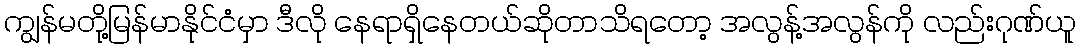
ကျွန်မတို့မြန်မာနိုင်ငံမှာ ဒီလို နေရာရှိနေတယ်ဆိုတာသိရတော့ အလွန့်အလွန်ကို လည်းဂုဏ်ယူ